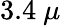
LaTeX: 3.4~\mu